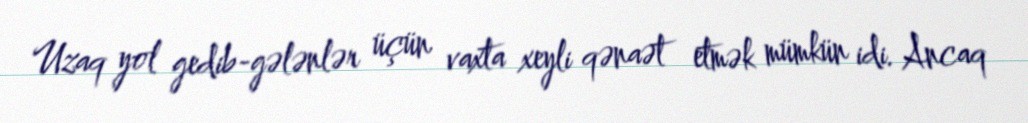
Uzaq yol gedib-gələnlər üçün vaxta xeyli qənaət etmək mümkün idi. Ancaq